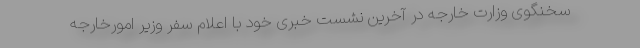
سخنگوی وزارت خارجه در آخرین نشست خبری خود با اعلام سفر وزیر امورخارجه